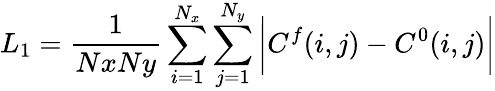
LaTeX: L_{1}=\frac{1}{NxNy}\sum_{i=1}^{N_{x}}\sum_{j=1}^{N_{y}}\bigg|C^{f}(i,j)-C^{0}(i,j)\bigg|